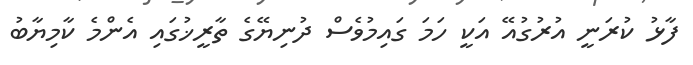
ފާޅު ކުރަނީ އުރުގުއޭ އަކީ ހަމަ ގައިމުވެސް ދުނިޔޭގެ ތާރީޚުގައި އެންމެ ކާމިޔާބު